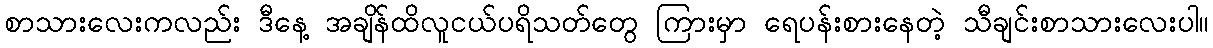
စာသားလေးကလည်း ဒီနေ့ အချိန်ထိလူငယ်ပရိသတ်တွေ ကြားမှာ ရေပန်းစားနေတဲ့ သီချင်းစာသားလေးပါ။